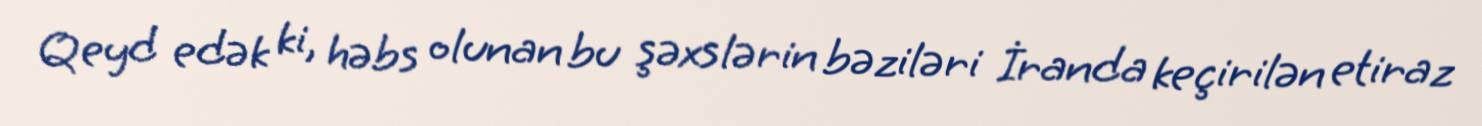
Qeyd edək ki, həbs olunan bu şəxslərin bəziləri İranda keçirilən etiraz